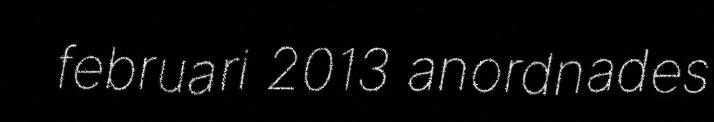
februari 2013 anordnades